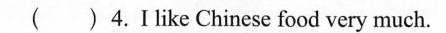
( ) 4.Ⅰlike Chinese food very much.